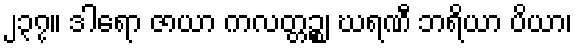
၂၃၇။ ဒါရော ဇာယာ ကလတ္တဉ္စ၊ ဃရဏီ ဘရိယာ ပိယာ၊